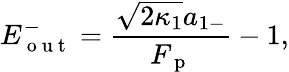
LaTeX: E_{\mathrm{~o~u~t~}}^{-}=\frac{\sqrt{2\kappa_{1}}a_{1-}}{F_{\mathrm{~p~}}}-1,